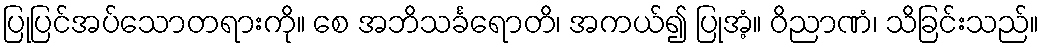
ပြုပြင်အပ်သောတရားကို။ စေ အဘိသင်္ခရောတိ၊ အကယ်၍ ပြုအံ့။ ဝိညာဏံ၊ သိခြင်းသည်။